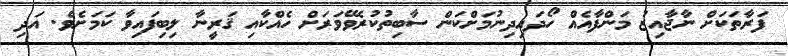
ފަރާތަކަށް ނާޖާއިޒު މަންފާއެއް ހޯދައިދިނުމަށްކަން ސާބިތުކުރެވޭވަރަށް ހެއްކާއި ޤަރީނާ ލިބިފައިވާ ކަމަށެވެ. އަދި